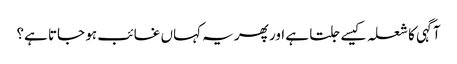
آگہی کا شعلہ کیسے جلتا ہے اور پھر یہ کہاں غائب ہو جاتا ہے؟